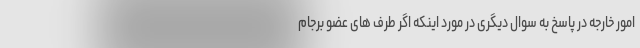
امور خارجه در پاسخ به سوال دیگری در مورد اینکه اگر طرف های عضو برجام